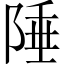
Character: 陲